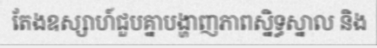
តែងឧស្សាហ៍ជួបគ្នាបង្ហាញភាពស្និទ្ធស្នាល និង